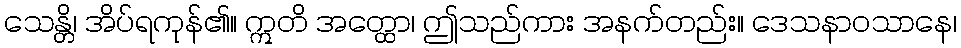
သေန္တိ၊ အိပ်ရကုန်၏။ ဣတိ အတ္ထော၊ ဤသည်ကား အနက်တည်း။ ဒေသနာဝသာနေ၊